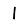
Digit: 1